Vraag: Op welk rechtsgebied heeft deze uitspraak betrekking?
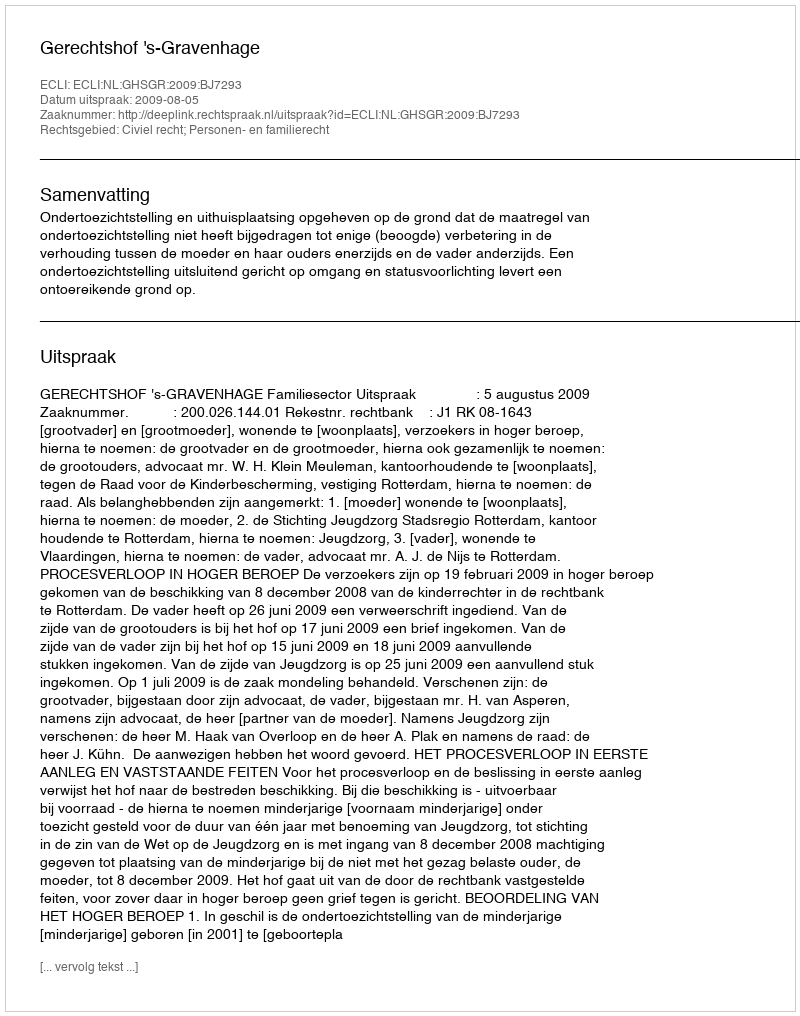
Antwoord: Civiel recht; Personen- en familierecht